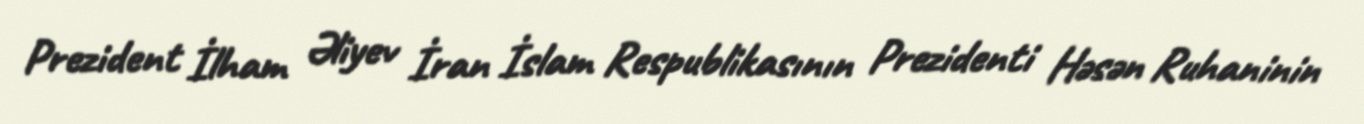
Prezident İlham Əliyev İran İslam Respublikasının Prezidenti Həsən Ruhaninin